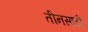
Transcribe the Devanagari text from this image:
तीनसाठी